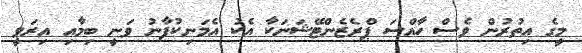
މީގެ އިތުރުން ވެސް ހާއްސަ ޕްރެޒެންޓޭޝަނަކާ އެކު އެމަނިކުފާނު ވަނީ ބިމާއި އިރަވީ